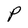
Character: P